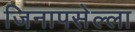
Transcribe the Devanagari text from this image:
जिनापसेल्ला